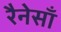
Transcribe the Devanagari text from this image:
रैनेसाँ